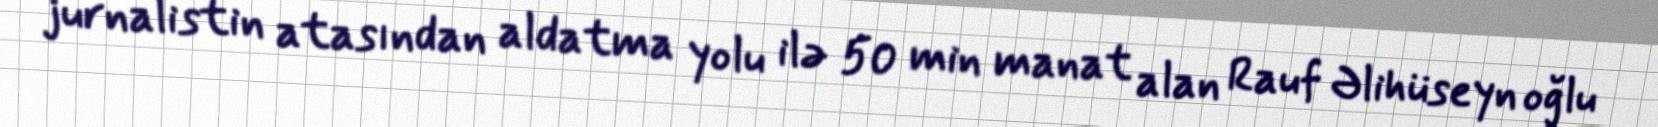
jurnalistin atasından aldatma yolu ilə 50 min manat alan Rauf Əlihüseyn oğlu